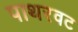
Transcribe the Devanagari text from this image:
पाथरवट